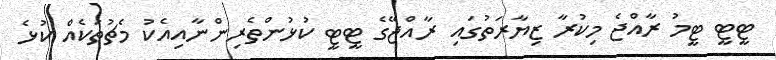
ޓީޓީ ޓީމު ރާއްޖެ މިކުރާ ޒިޔާރަތުގައި ރާއްޖޭގެ ޓީޓީ ކުޅުންތެރިންނާއިއެކު މެޗުތަކެއް ކުޅެ